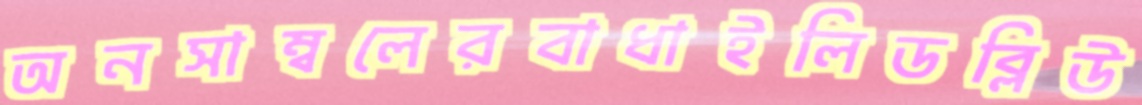
অনসাম্বলেরবাধাইলিডব্লিউ